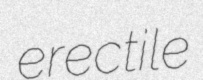
erectile